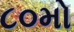
૮૦મો